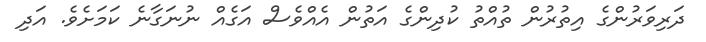
ދަރިވަރުންގެ އިތުރުން ތުއްތު ކުދިންގެ އަތުން އެއްވެސް އަގެއް ނުނަގާނެ ކަމަށެވެ. އަދި